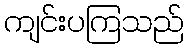
ကျင်းပကြသည်